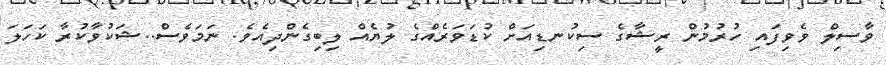
ވާސިލް ވެވިފައި ހުރުމުން ރީޝާގެ ސިކުނޑިއަށްް ކުޑަވަރެއްގެ ލުޔެއް ލިބިގެންދިއެވެ. ނަމަވެސް..ޝަކުވާކުރާ ކަހަލަ